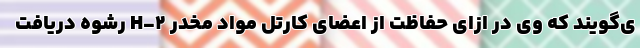
ی‌گویند که وی در ازای حفاظت از اعضای کارتل مواد مخدر H-۲ رشوه دریافت